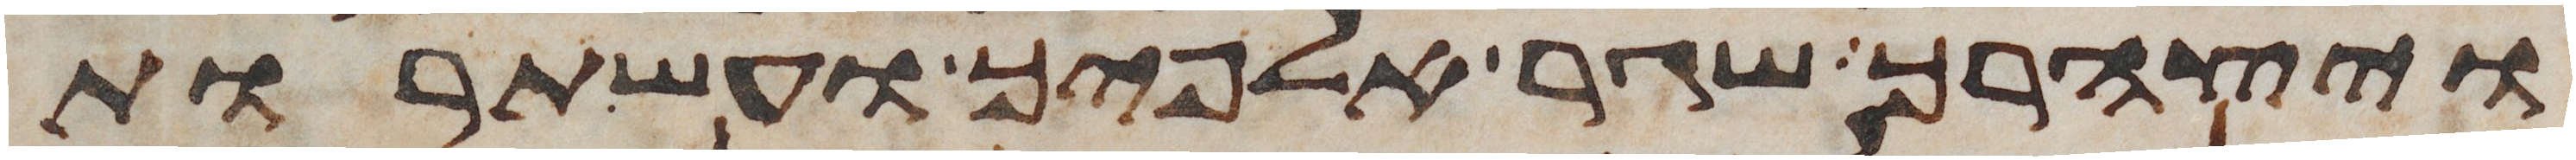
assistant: ויצהרך שגר אלפיך ועשתרות